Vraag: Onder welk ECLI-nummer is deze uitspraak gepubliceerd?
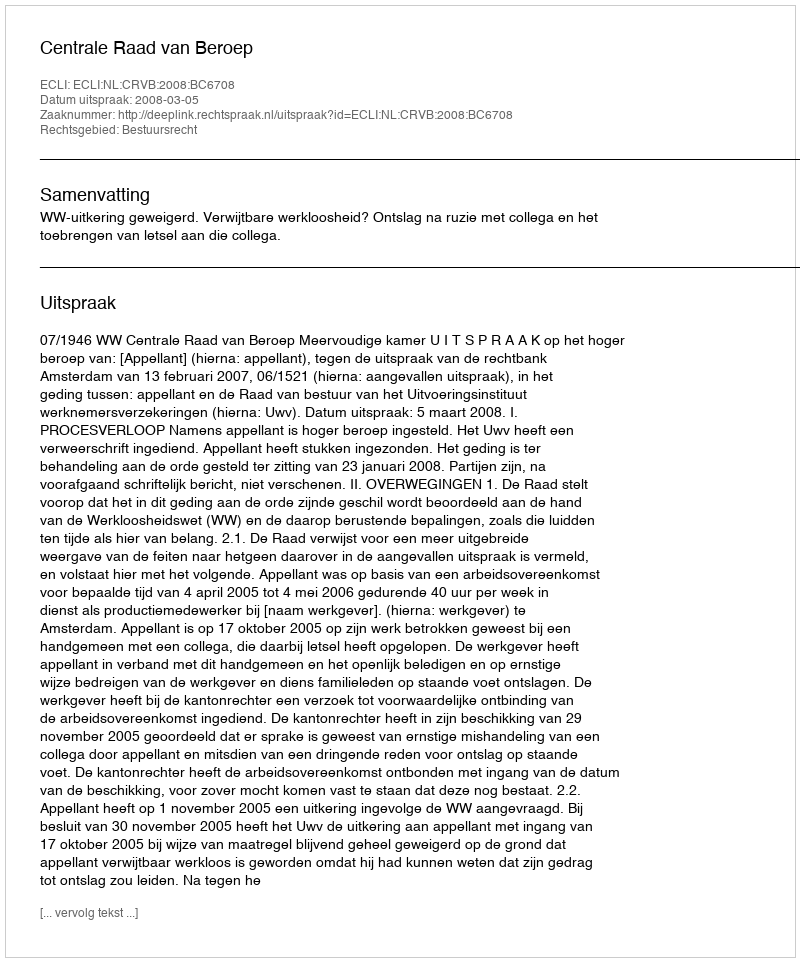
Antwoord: ECLI:NL:CRVB:2008:BC6708